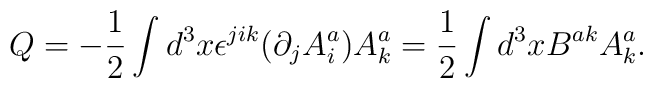
Q=-\frac{1}{2}\int d^3 x \epsilon^{jik} (\partial_j A^{a}_i) A_{k}^{a} = \frac{1}{2}\int d^3x B^{a k} A^{a}_{k}.